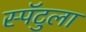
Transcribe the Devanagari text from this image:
स्पॅटुला